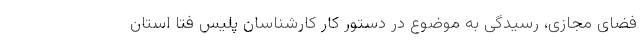
فضای مجازی، رسیدگی به موضوع در دستور کار کارشناسان پلیس فتا استان